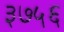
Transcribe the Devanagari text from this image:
३७५६